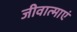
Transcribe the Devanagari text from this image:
जीवात्माएं